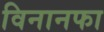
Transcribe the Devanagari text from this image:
विनानफा